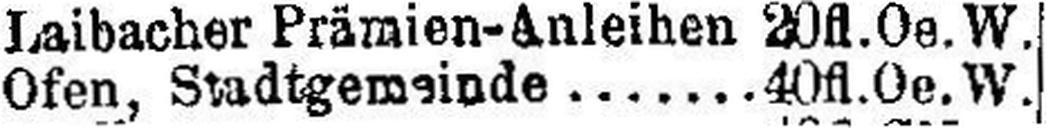
Ofen, Stadtgemeinde 40 fl.Oe.W.